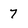
Character: 7